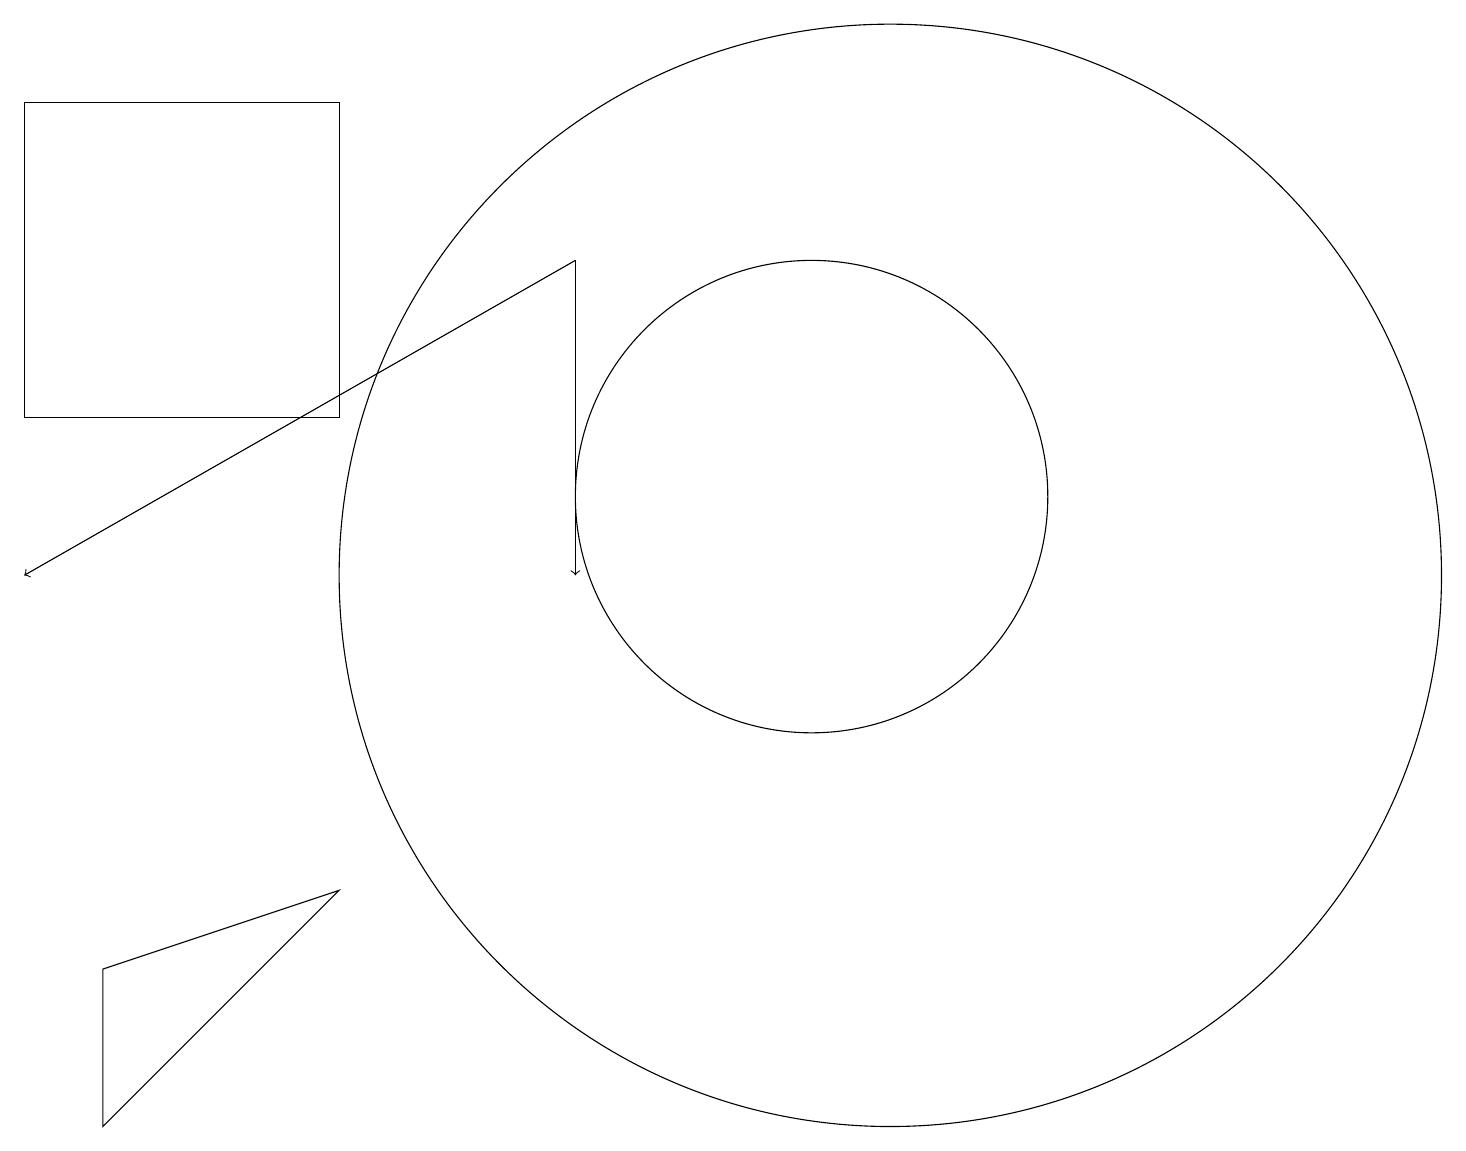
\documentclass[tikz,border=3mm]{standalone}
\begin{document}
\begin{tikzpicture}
\draw[->] (7,14) -- (7,10);
\draw (1,5) -- (1,3) -- (4,6) -- cycle;
\draw (0,16) rectangle (4,12);
\draw[->] (7,14) -- (0,10);
\draw (11,10) circle (7);
\draw (10,11) circle (3);
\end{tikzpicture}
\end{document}